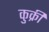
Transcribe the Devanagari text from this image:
कुक्री